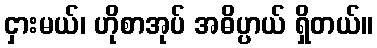
ငှားမယ်၊ ဟိုစာအုပ် အဓိပ္ပာယ် ရှိတယ်။